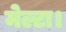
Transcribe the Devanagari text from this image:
मेल्टा।